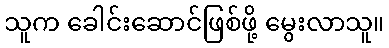
သူက ခေါင်းဆောင်ဖြစ်ဖို့ မွေးလာသူ။